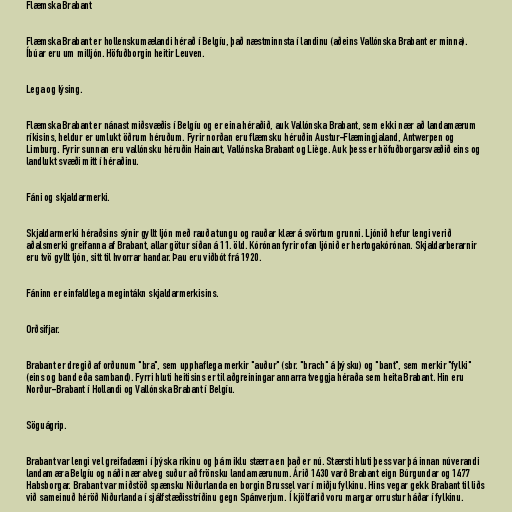
Flæmska Brabant

Flæmska Brabant er hollenskumælandi hérað í Belgíu, það næstminnsta í landinu (aðeins Vallónska Brabant er minna).
Íbúar eru um milljón. Höfuðborgin heitir Leuven.

Lega og lýsing.

Flæmska Brabant er nánast miðsvæðis í Belgíu og er eina héraðið, auk Vallónska Brabant, sem ekki nær að landamærum
ríkisins, heldur er umlukt öðrum héruðum. Fyrir norðan eru flæmsku héruðin Austur-Flæmingjaland, Antwerpen og
Limburg. Fyrir sunnan eru vallónsku héruðin Hainaut, Vallónska Brabant og Liège. Auk þess er höfuðborgarsvæðið eins og
landlukt svæði mitt í héraðinu.

Fáni og skjaldarmerki.

Skjaldarmerki héraðsins sýnir gyllt ljón með rauða tungu og rauðar klær á svörtum grunni. Ljónið hefur lengi verið
aðalsmerki greifanna af Brabant, allar götur síðan á 11. öld. Kórónan fyrir ofan ljónið er hertogakórónan. Skjaldarberarnir
eru tvö gyllt ljón, sitt til hvorrar handar. Þau eru viðbót frá 1920.

Fáninn er einfaldlega megintákn skjaldarmerkisins.

Orðsifjar.

Brabant er dregið af orðunum "bra", sem upphaflega merkir "auður" (sbr. "brach" á þýsku) og "bant", sem merkir "fylki"
(eins og band eða samband). Fyrri hluti heitisins er til aðgreiningar annarra tveggja héraða sem heita Brabant. Hin eru
Norður-Brabant í Hollandi og Vallónska Brabant í Belgíu.

Söguágrip.

Brabant var lengi vel greifadæmi í þýska ríkinu og þá miklu stærra en það er nú. Stærsti hluti þess var þá innan núverandi
landamæra Belgíu og náði nær alveg suður að frönsku landamærunum. Árið 1430 varð Brabant eign Búrgundar og 1477
Habsborgar. Brabant var miðstöð spænsku Niðurlanda en borgin Brussel var í miðju fylkinu. Hins vegar gekk Brabant til liðs
við sameinuð héröð Niðurlanda í sjálfstæðisstríðinu gegn Spánverjum. Í kjölfarið voru margar orrustur háðar í fylkinu.